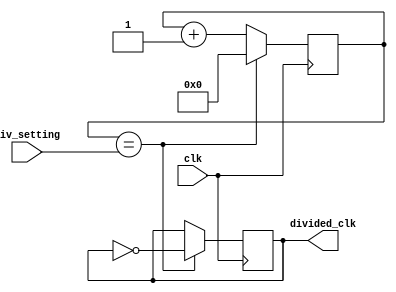
module freq_synth_clock_divider (
    input wire clk,                 // Input clock signal from frequency synthesizer
    input wire [7:0] div_setting,   // User-defined frequency divider setting
    output reg divided_clk          // Output divided clock signal
);
    
reg [7:0] counter = 8'h00;

always @(posedge clk) begin
    if (counter == div_setting) begin
        divided_clk <= ~divided_clk;
        counter <= 8'h00;
    end else begin
        counter <= counter + 1;
    end
end

endmodule